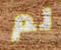
لم